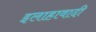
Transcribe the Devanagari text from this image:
इलाहावादी